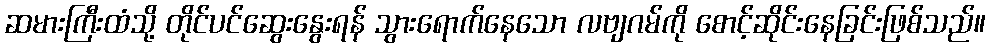
ဆမားကြီးထံသို့ တိုင်ပင်ဆွေးနွေးရန် သွားရောက်နေသော လဗျဂမ်ကို စောင့်ဆိုင်းနေခြင်းဖြစ်သည်။